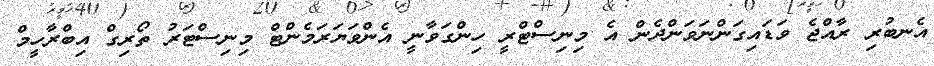
އެނބުރި ރާއްޖެ ވަޑައިގަންނަވަންދެން އެ މިނިސްޓްރީ ހިންގަވާނީ އެންވަޔަރަމެންޓް މިނިސްޓަރު ތޯރިގް އިބްރާހީމް